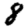
Digit: 8